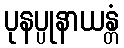
ပုနပ္ပုနာယန္တံ